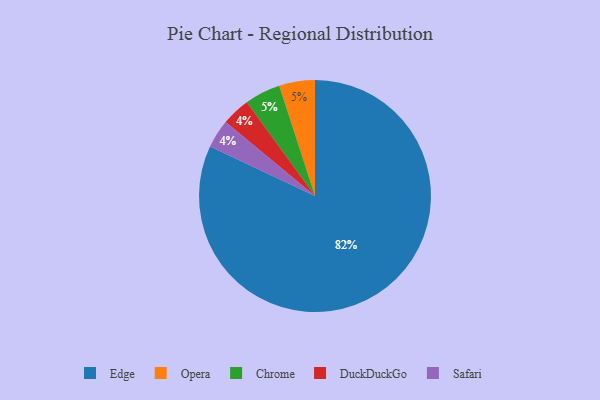
{"axis": {"x": "Category", "y": "Percentage"}, "legend": ["Chrome", "DuckDuckGo", "Edge", "Opera", "Safari"], "data": [{"x": "Edge", "y": 82, "type": "Edge"}, {"x": "Opera", "y": 5, "type": "Opera"}, {"x": "DuckDuckGo", "y": 4, "type": "DuckDuckGo"}, {"x": "Chrome", "y": 5, "type": "Chrome"}, {"x": "Safari", "y": 4, "type": "Safari"}]}